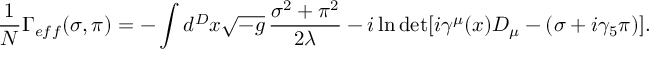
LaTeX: { \frac { 1 } { N } } \Gamma _ { e f f } ( \sigma , \pi ) = - \int d ^ { D } x \sqrt { - g } \, { \frac { \sigma ^ { 2 } + \pi ^ { 2 } } { 2 \lambda } } - i \ln \operatorname * { d e t } [ i \gamma ^ { \mu } ( x ) D _ { \mu } - ( \sigma + i \gamma _ { 5 } \pi ) ] .